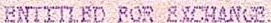
ENTITLED FOR EXCHANGE.